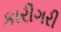
કારીગરી